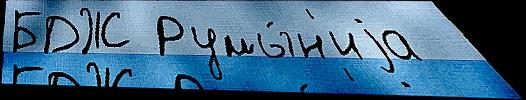
БДЖ Румы́н'иjа